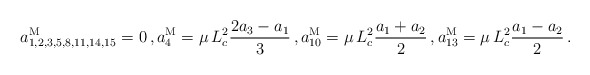
\begin{align*}a^{\rm M}_{1,2,3,5,8,11,14,15} &= 0 \, ,a^{\rm M}_{4} = \mu \, L_c^2 \frac{2a_3-a_1}{3} \, ,a^{\rm M}_{10} = \mu \, L_c^2 \frac{a_1 + a_2}{2} \, ,a^{\rm M}_{13} = \mu \, L_c^2 \frac{a_1 - a_2}{2}\, .\end{align*}